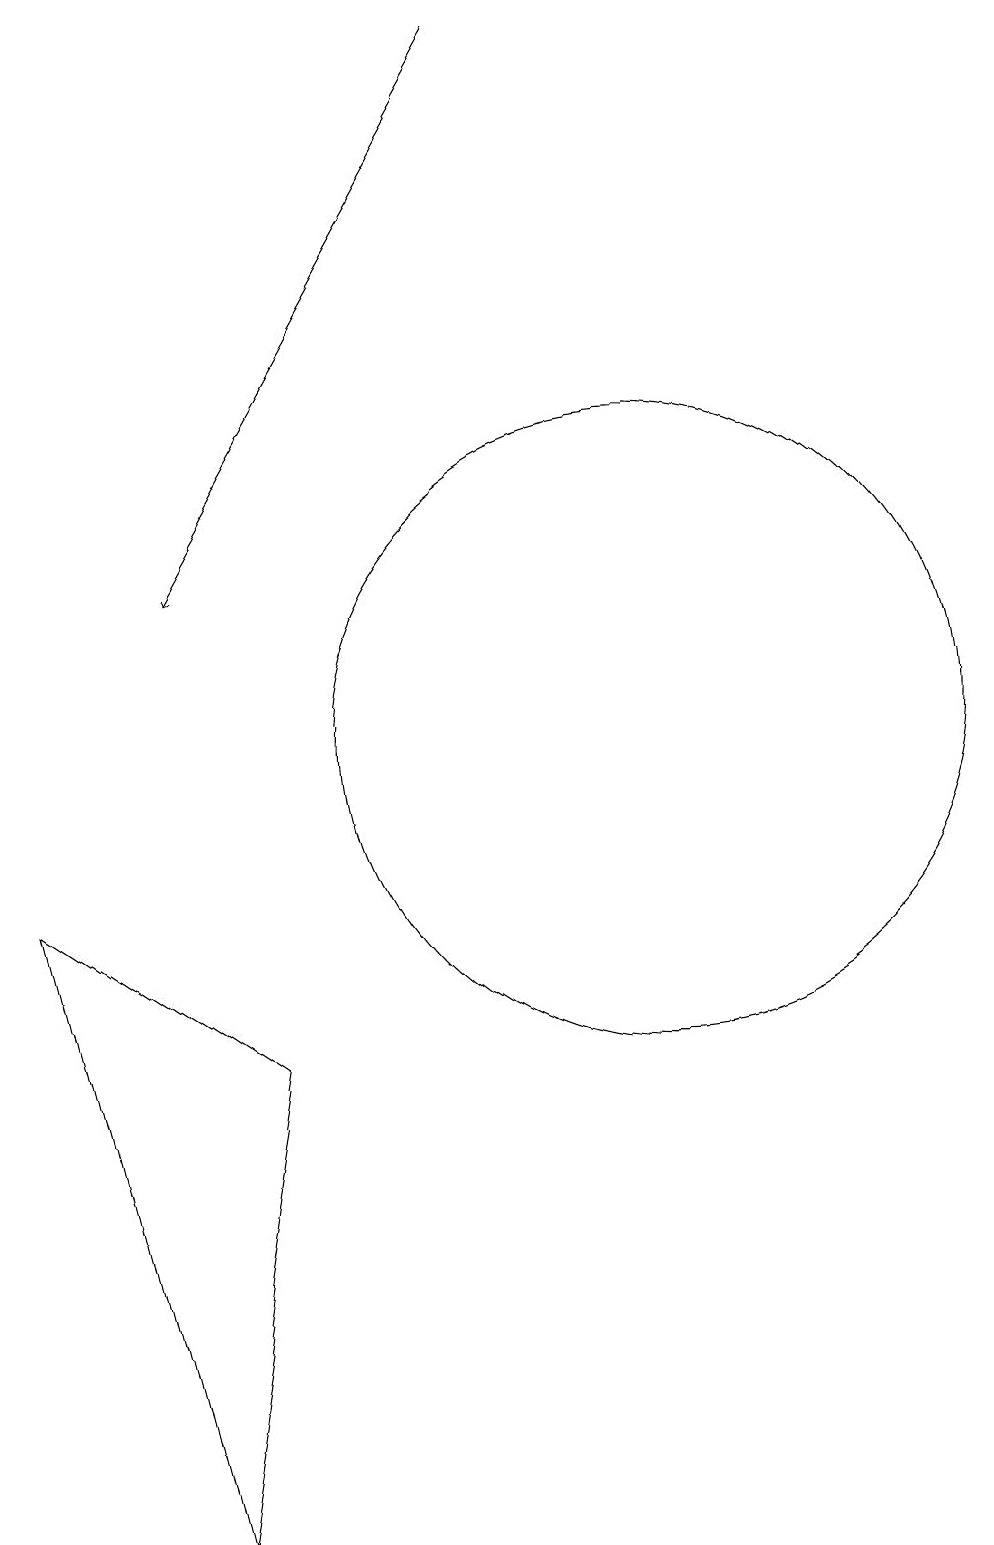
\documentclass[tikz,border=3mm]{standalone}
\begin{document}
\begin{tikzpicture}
\draw (11,10) circle (4);
\draw (3,8) -- (5,0) -- (6,6) -- cycle;
\draw[->] (9,19) -- (5,12);
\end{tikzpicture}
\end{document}